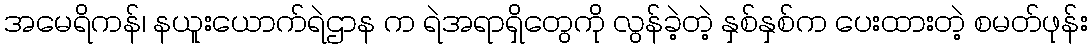
အမေရိကန်၊ နယူးယောက်ရဲဌာန က ရဲအရာရှိတွေကို လွန်ခဲ့တဲ့ နှစ်နှစ်က ပေးထားတဲ့ စမတ်ဖုန်း